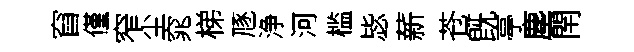
窅僅窄尘窕梯豗浄河槛毖薪苍旣亭塵閈